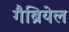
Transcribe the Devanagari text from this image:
गैब्रियेल